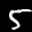
Label: 5